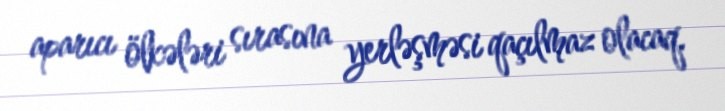
aparıcı ölkələri sırasına yerləşməsi qaçılmaz olacaq.